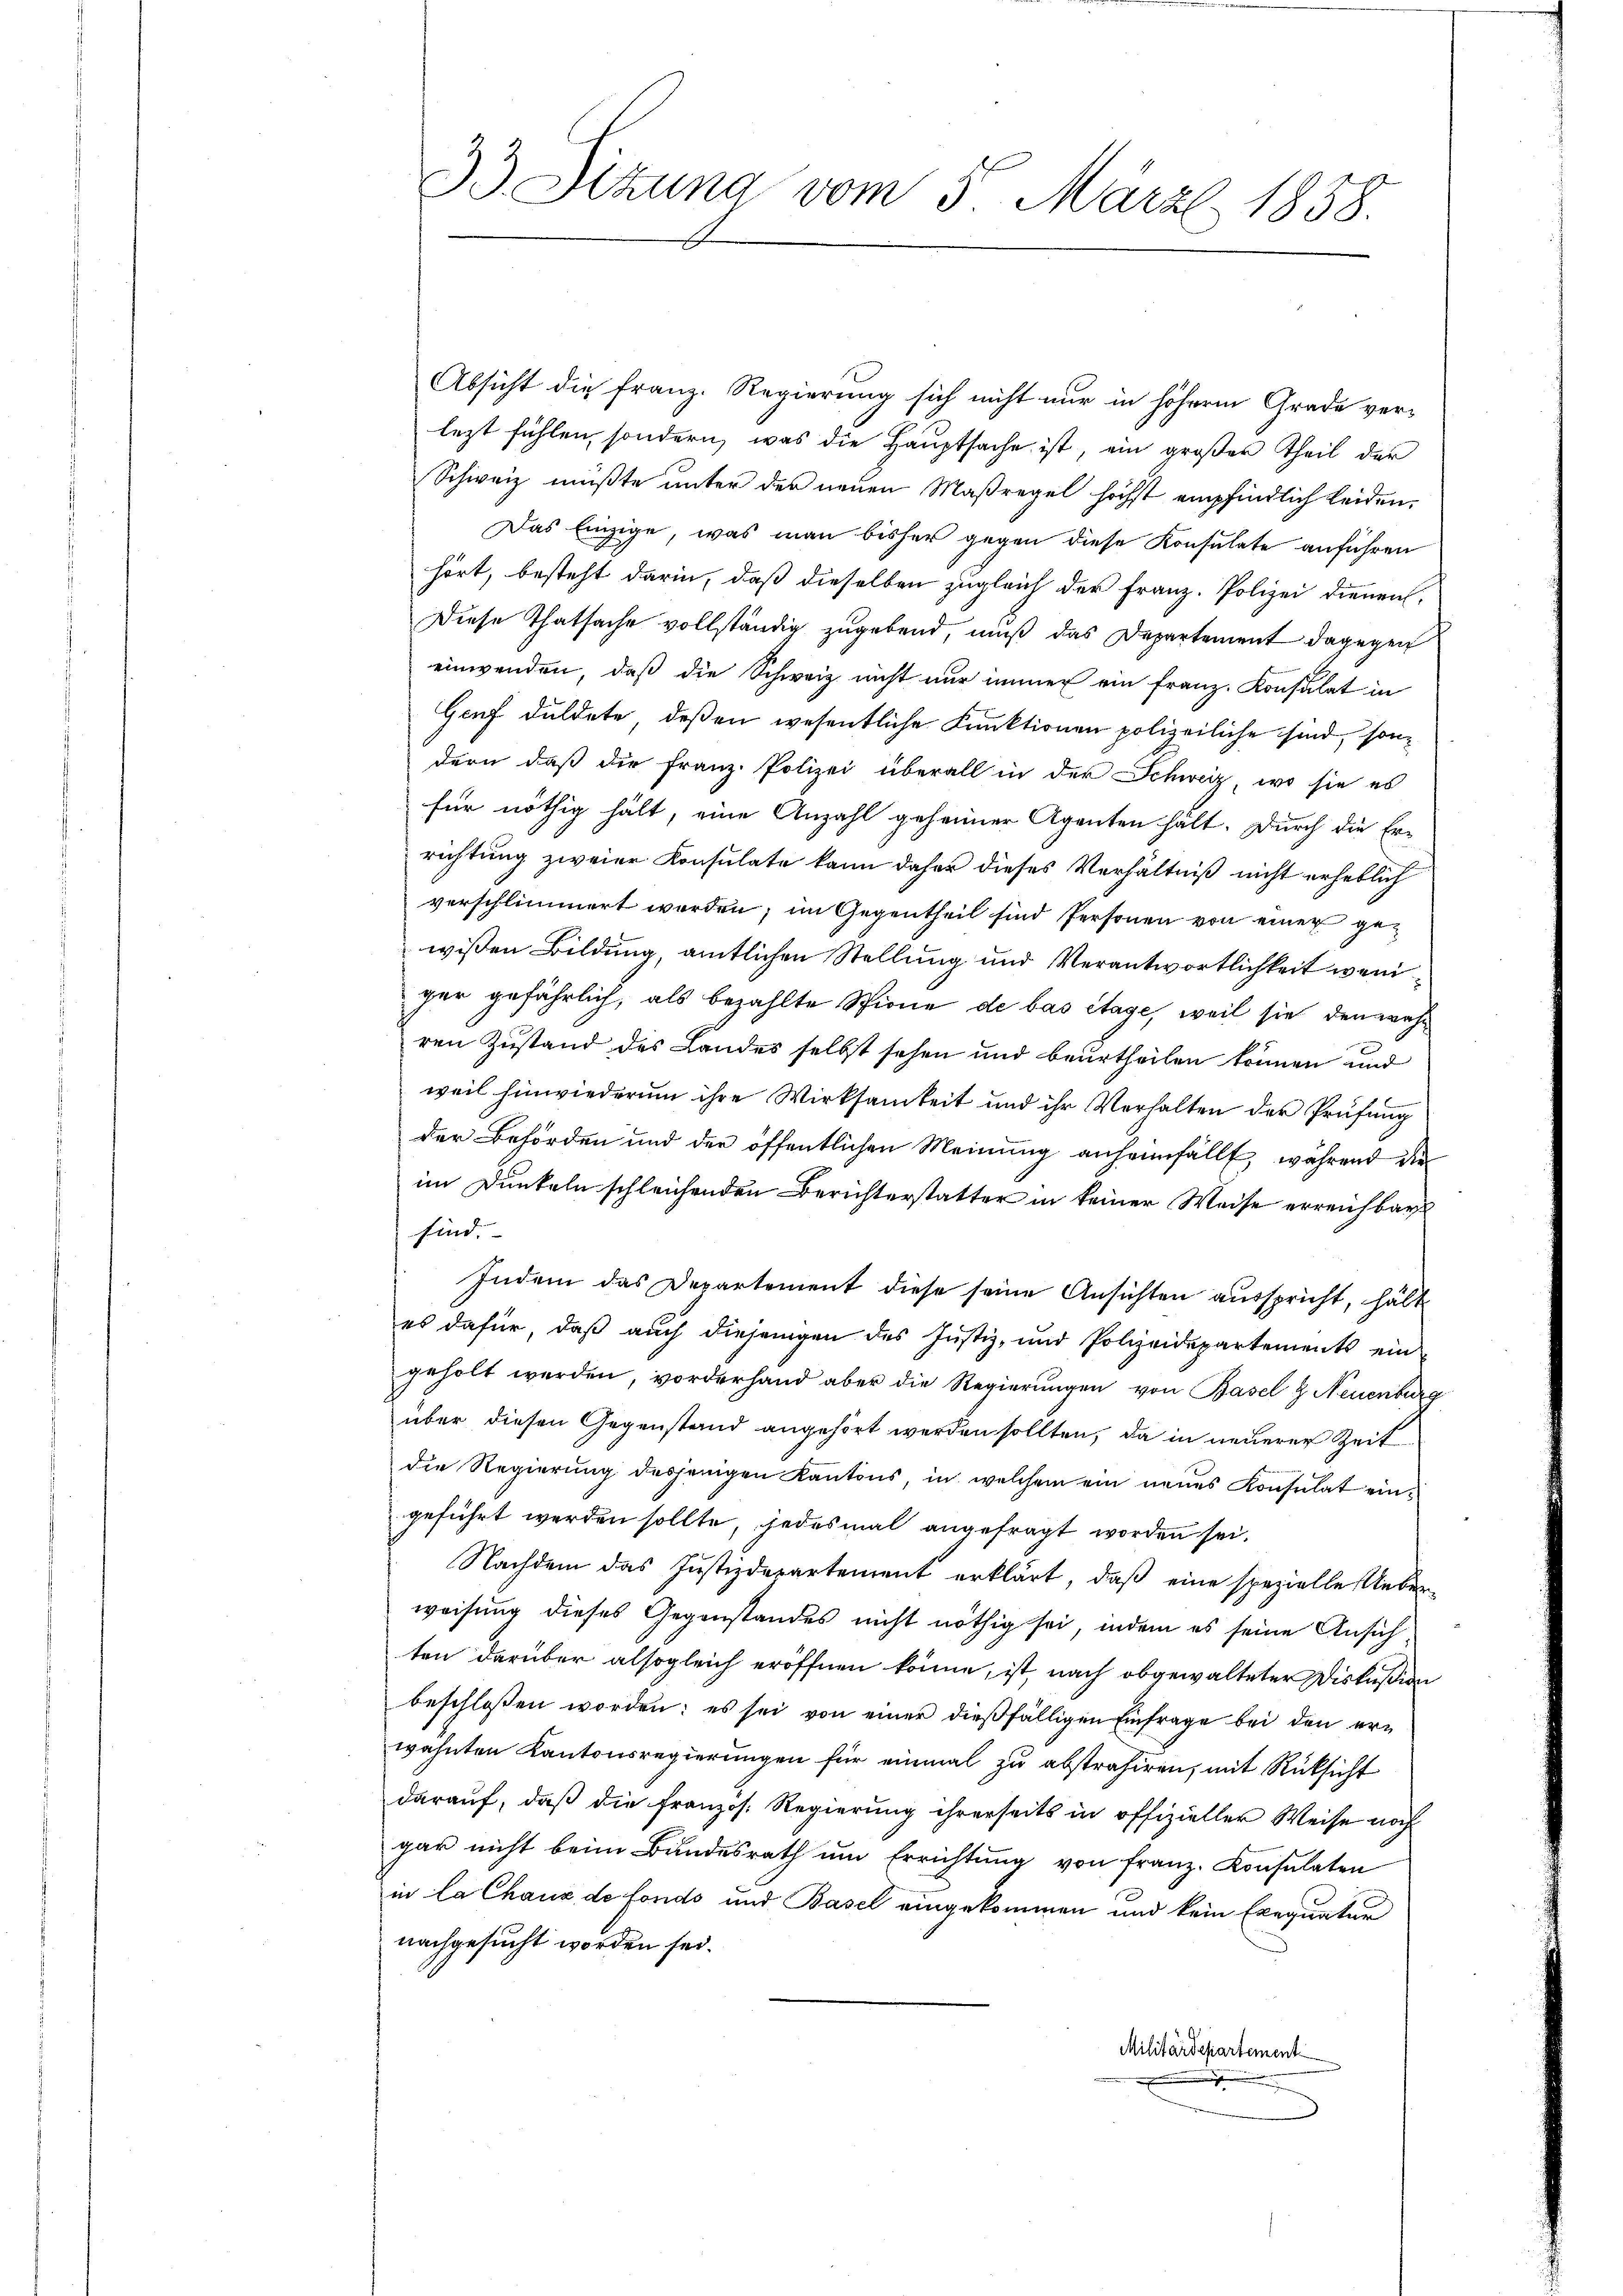
Absicht die Franz. Regierung sich nicht nur in höherm Grade verlezt fühlen, sondern, was die Hauptsache ist, ein großer Theil der
Schweiz müßte unter der neuen Maßregel höchst empfindlich leiden.
Das Einzige, was man bisher gegen diese Konsulate anführen
hört, besteht darin, daß dieselben zugleich der Franz. Polizei dienen,
Diese Thatsache vollständig zugebend, muß das Departement dagegen
einwenden, daß die Schweiz nicht nur immer ein Franz. Konsulat in
Genf duldete, deßen wesentliche Funktionen polizeiliche sind, sondern daß die Franz. Polizei überall in der Schweiz, wo sie es
für nöthig hält, eine Anzahl geheimer Agenten hält. Durch die Er-
richtung zweier Konsulate kann daher dieses Verhältniß nicht erheblich
verschlimmert werden; im Gegentheil sind Personen von einer gewißen Bildung, amtlichen Stellung und Verantwortlichkeit weniver gefährlich, als bezahlte Spinne de bas étage, weil sie den währen Zustand des Landes selbst sehen und beurtheilen können und
weil hinwiederum ihre Wirksamkeit und ihr Verhalten der Prüfung
der Behörden und der öffentlichen Meinung anheimfällt, während die
im Dunkeln schleichenden Berichterstatter in keiner Weise erreichbar
sind.
Indem das Departement diese seine Ansichten ausspricht, hält
es dafür, daß auch diejenigen des Justiz- und Polizeidepartements ein
geholt werden, vorderhand aber die Regierŭngen von Basel & Neuenburg
über diesen Gegenstand angehört werden sollten, da in neuerer Zeit
die Regierung desjenigen Kantons, in welchem ein neues Konsulat eingeführt werden sollte, jedesmal angefragt worden sei.
Nachdem das Justizdepartement erklärt, daß eine spezielle Ueberweisung dieses Gegenstandes nicht nöthig sei, indem es seine Ansichten darüber alsogleich eröffnen könne, ist, nach obgewalteter Diskußion
beschlossen worden; es sei von einer dießfälligen Einfrage bei den erwähnten Kantonsregierungen für einmal zu abstrahiren, mit Rücksicht
darauf, daß die französ. Regierung ihrerseits in offizieller Weise noch
gar nicht beim Bundesrath ŭm Errichtŭng von franz. Konsulaten
in la Chaux de fonds und Basel eingekommen und kein Exequaten
nachgesucht worden sei.
Militärdepartement

33. Sizung vom 5. März 1858.